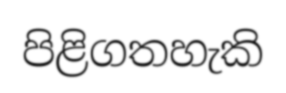
පිළිගතහැකි